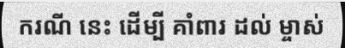
ករណី នេះ ដើម្បី គាំពារ ដល់ ម្ចាស់